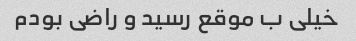
خیلی ب موقع رسید و راضی بودم